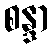
စန္ဒာ